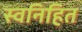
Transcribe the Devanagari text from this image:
स्वनिहित